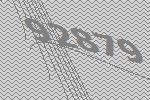
92879